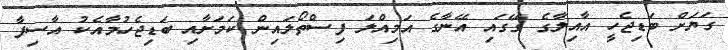
ގަޔަށް ބަޑިޖެހީ އާއިލާގެ ގޭގައި އޭނާގެ އަމިއްލަ ފިސްތޯލައިން ކަމަށާއި ބަޑިޖެހުމާއެކު އާސިފާ